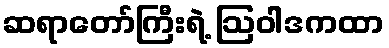
ဆရာတော်ကြီးရဲ့ ဩဝါဒကထာ